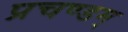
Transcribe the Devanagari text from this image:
प्रचण्डम्